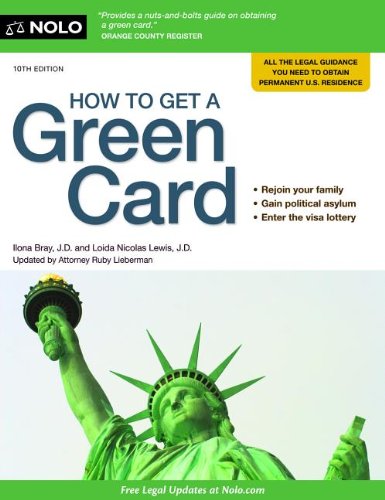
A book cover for How to Get a Green Card; Ilona Bray J.D.; Test Preparation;